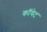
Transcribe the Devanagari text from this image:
कॉयेट